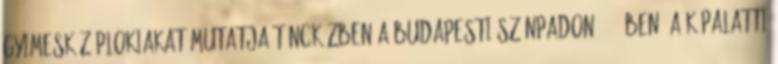
gyimesközéplokiakat mutatja táncközben a budapesti színpadon 1942-ben. A képalatti